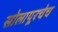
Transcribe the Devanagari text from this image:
सोलापूरचेच